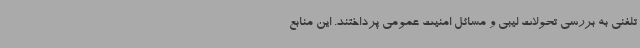
تلفنی به بررسی تحولات لیبی و مسائل امنیت عمومی پرداختند. این منابع